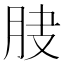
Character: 𦚀